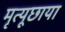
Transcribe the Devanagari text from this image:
मृत्यूछाया